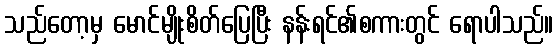
သည်တော့မှ မောင်မျိုးစိတ်ပြေပြီး နန်းရင်၏စကားတွင် ရောပါသည်။